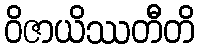
ဝိဇာယိဿတီတိ